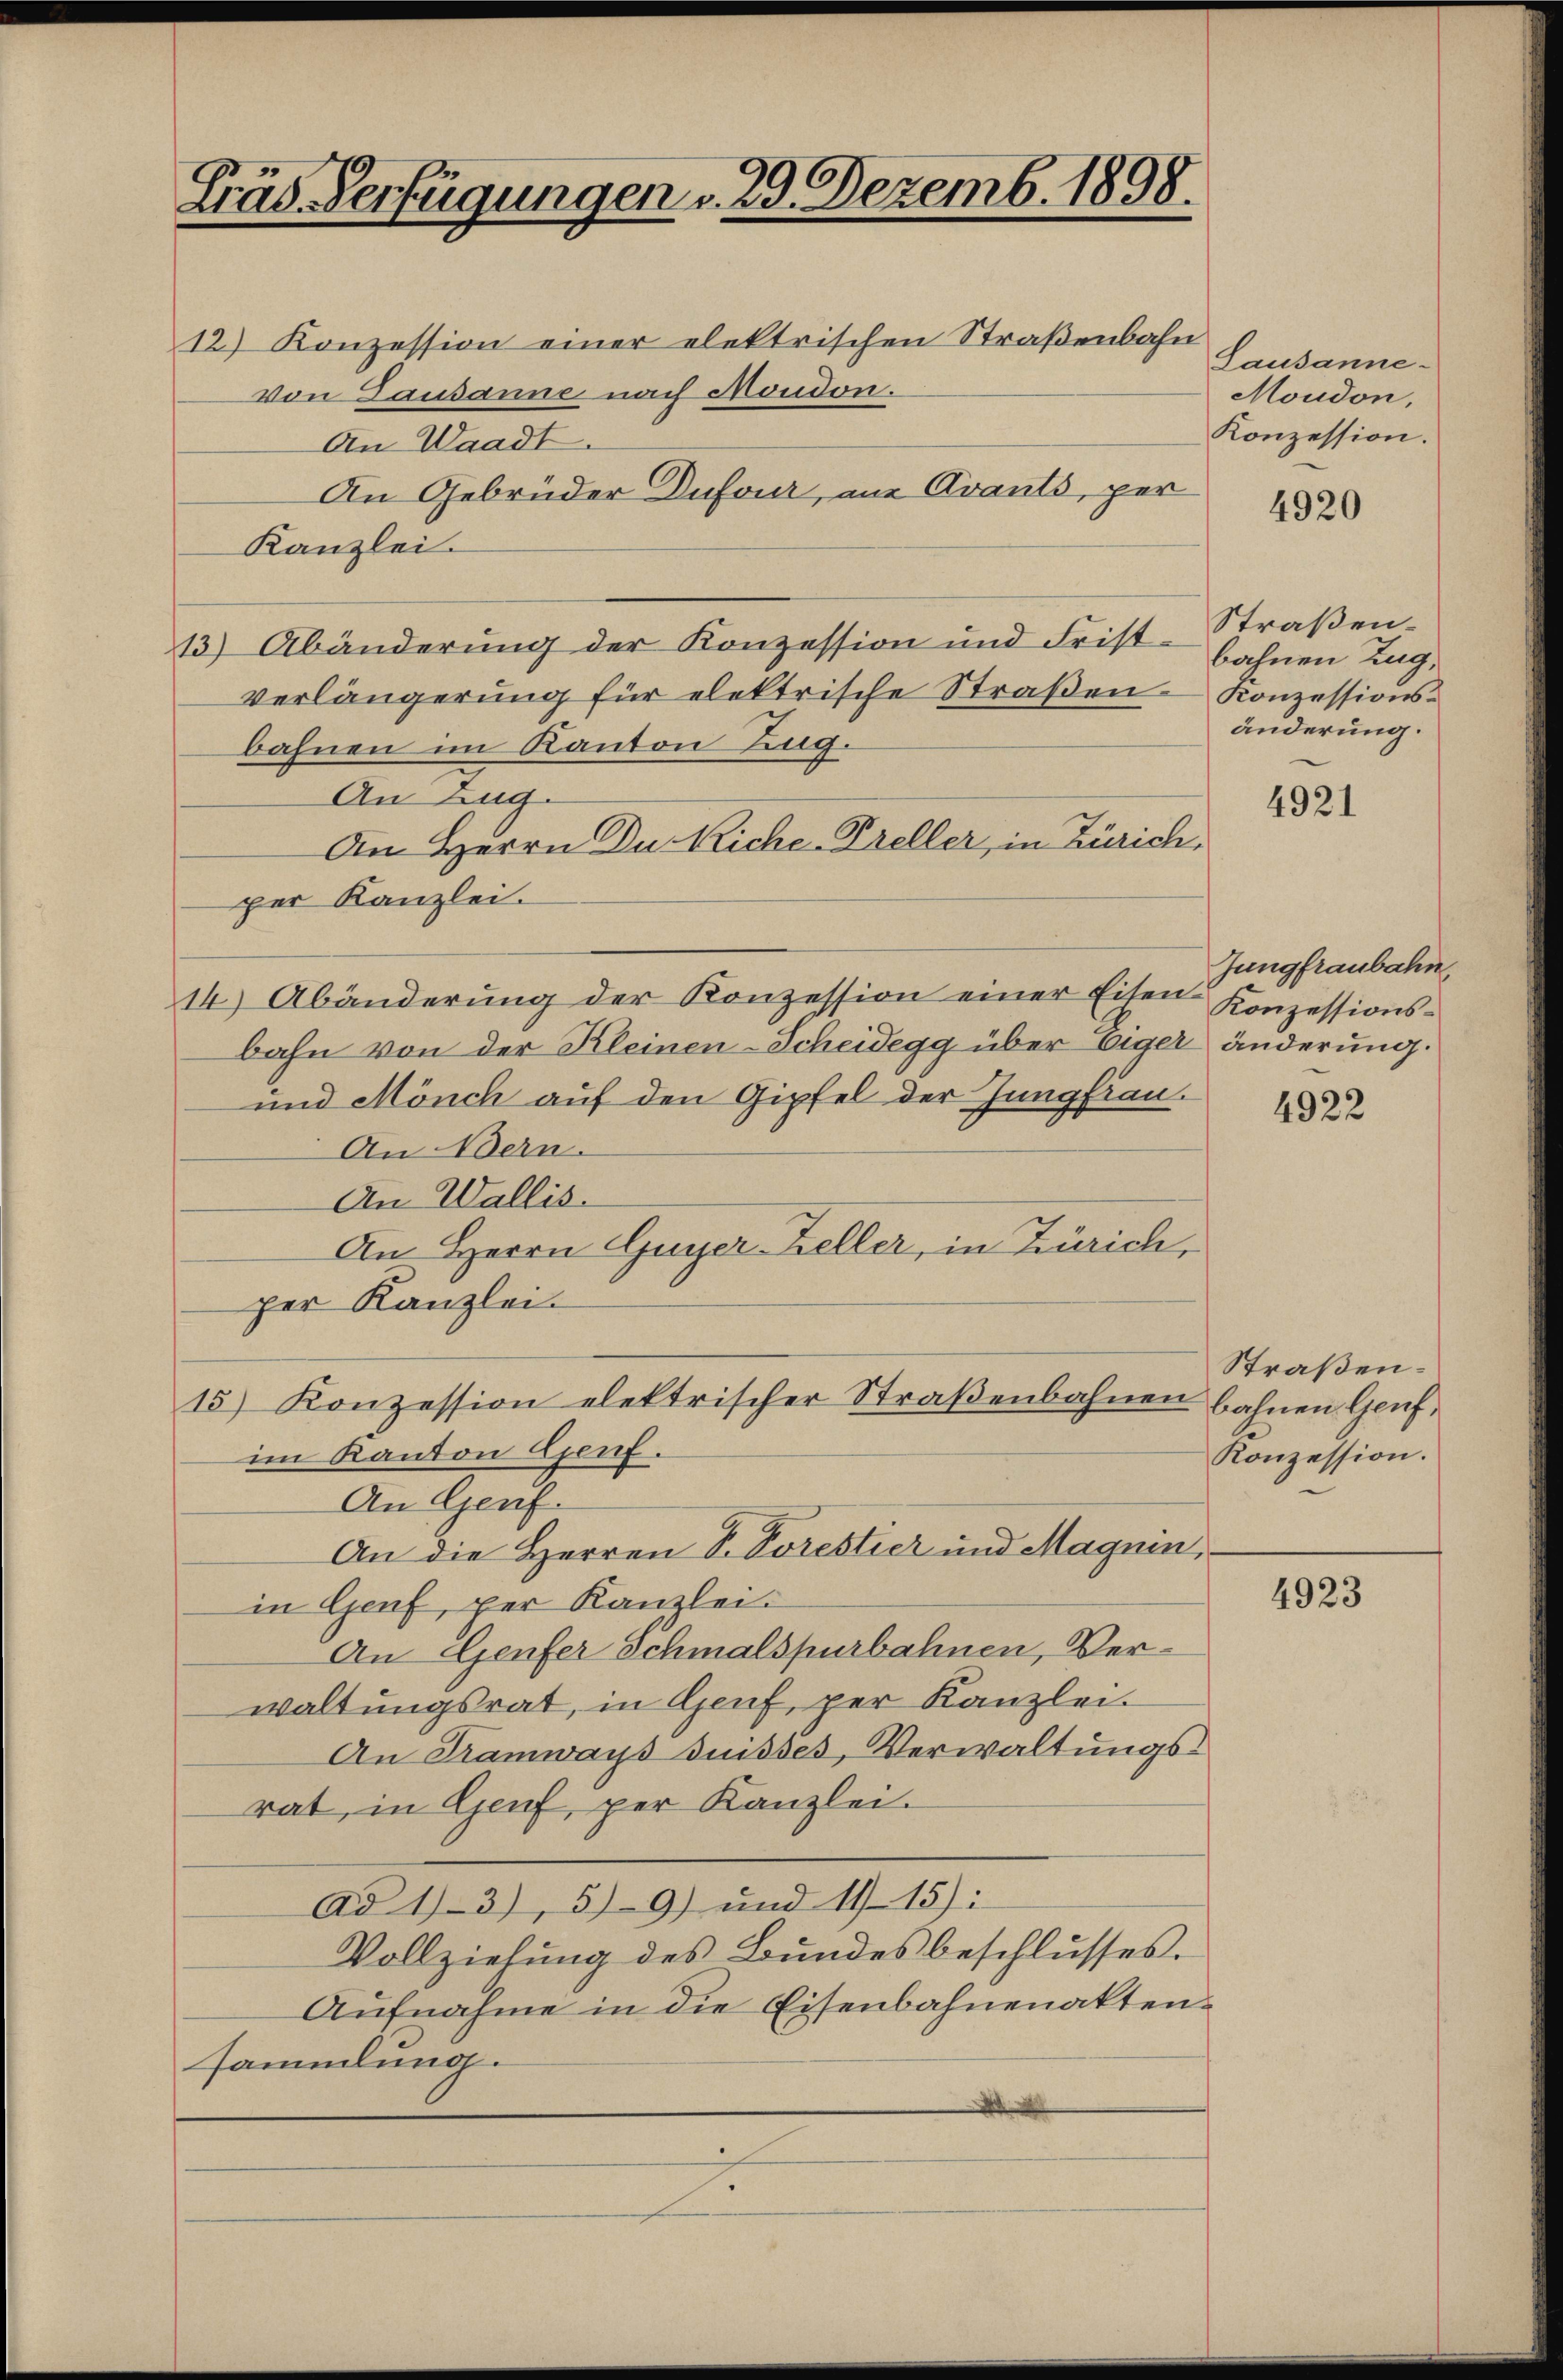
Fräs Verfügungen v. 29. Dezemb. 1898.

12) Konzession einer elektrischen Straßenbahn
von Tausanne nach Moudon.
An Waadt
An Gebrüder Dufour, ein Avants, per
Kanzlei.
13) Abänderung der Konzession und Frist - bahnen Tagverlängerung für elektrische Straßen Konzessionsbahnen im Kanton Zug.
An Zug.
An Herrn Du Riche Preller, in Zürich,
per Kanzlei.
14) Abänderung der Konzession einer Eisen Konzessionsbahn von der Kleinen-Scheidegg über Eiger änderung.
und Mönch auf den Gipfel der Jungfian.
An Bern.
An Wallis.
An Herrn Guyer-Zeller, in Zürich,
per Kanzlei.
15) Konzession elektrischer Straβenbahnen bahnen Genf
im Kanton Genf.
An Genf.
An die Herren S. Porestier und Magnen,
in Genf, per Kanzlei.
An Genfer Schmalspurbahnen, Verwaltungsrat, in Genf, per Kanzlei.
An Tramways suisses, Verwaltungsrat, in Genf, per Kanzlei.
Ad 1) 3), 59) und 11 15):
Vollziehung des Bundes beschlŭsses.
Aufnahme in die Eisenbahnenaktensammlung.

Lausanne-
Moudon,
Konzession.

4920

Straßenänderung.

4921

Jungfraubahn

4922

Straßen¬
Konzession.

4923